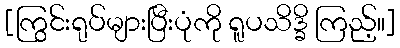
[ကြွင်းရုပ်များပြီးပုံကို ရူပသိဒ္ခိ ကြည့်။]